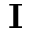
\mathbf { I }